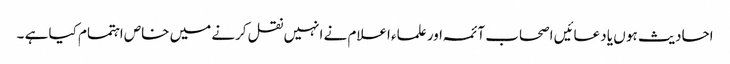
احادیث ہو ں یا دعائیں اصحاب آئمہ اور علماء اعلام نے انہیں نقل کرنے میں خاص اہتمام کیا ہے ۔